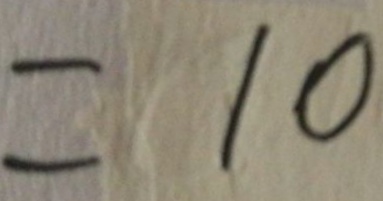
= 1 0